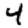
Digit: 4